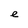
Character: e